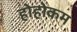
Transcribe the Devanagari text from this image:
होहोकम